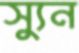
স্যুন